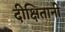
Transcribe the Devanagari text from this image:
दीक्षितानी